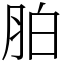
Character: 胉